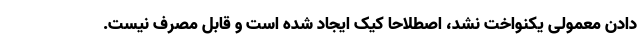
دادن معمولی یکنواخت نشد، اصطلاحا کیک ایجاد شده است و قابل مصرف نیست.